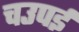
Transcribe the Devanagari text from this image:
चउपई